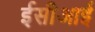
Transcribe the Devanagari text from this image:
ईसीआई